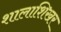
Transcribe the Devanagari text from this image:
शालाशिखर